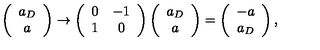
\left( \begin{array} { c } { a _ { D } } \\ { a } \\ \end{array} \right) \rightarrow \left( \begin{array} { c c } { 0 } & { - 1 } \\ { 1 } & { 0 } \\ \end{array} \right) \left( \begin{array} { c } { a _ { D } } \\ { a } \\ \end{array} \right) = \left( \begin{array} { c } { - a } \\ { a _ { D } } \\ \end{array} \right) ,